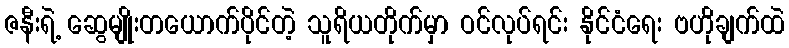
ဇနီးရဲ့ ဆွေမျိုးတယောက်ပိုင်တဲ့ သူရိယတိုက်မှာ ဝင်လုပ်ရင်း နိုင်ငံရေး ဗဟိုချက်ထဲ